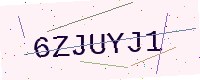
Text: 6ZJUYJ1